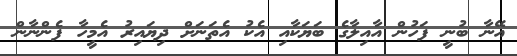
އޭނާ ބުނީ ފަހުން އާއިލާގެ ބަޔަކާއި އެކު އެތަނަށް ދިޔައިރު އެމީހާ ފެންނާން